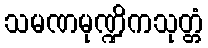
သမဏမုဏ္ဍိကသုတ္တံ